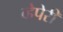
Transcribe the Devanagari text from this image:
व्हेपेरी